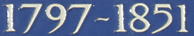
1797~1851